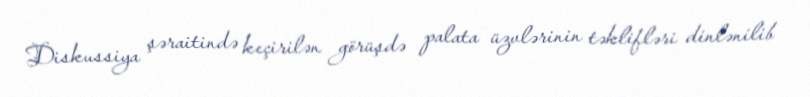
Diskussiya şəraitində keçirilən görüşdə palata üzvlərinin təklifləri dinlənilib